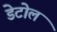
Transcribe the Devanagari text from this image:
डेटोल